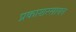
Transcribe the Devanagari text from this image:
प्रकाशरसायन